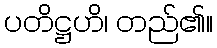
ပတိဋ္ဌဟိ၊ တည်၏။